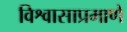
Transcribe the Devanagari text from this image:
विश्वासाप्रमाणे